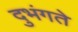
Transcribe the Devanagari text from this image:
दुभंगते